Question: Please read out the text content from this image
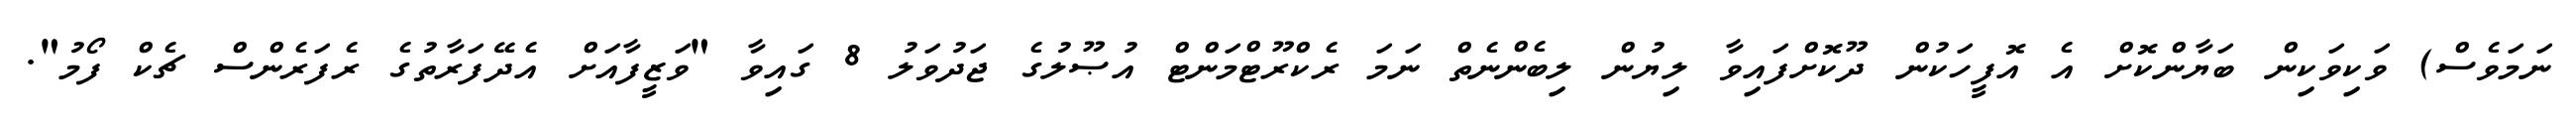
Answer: ނަމަވެސް) ވަކިވަކިން ބަޔާންކޮށް އެ އޮފީހަކުން ދޫކޮށްފައިވާ ލިޔުން ލިބެންނެތް ނަމަ ރެކްރޫޓްމަންޓް އުޞޫލުގެ ޖަދުވަލު 8 ގައިވާ "ވަޒީފާއަށް އެދޭފަރާތުގެ ރެފަރެންސް ޗެކް ފޯމު".